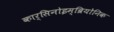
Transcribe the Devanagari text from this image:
कार्सिनोइम्ब्रियोनिक